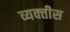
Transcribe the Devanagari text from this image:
व्यक्‍तीस